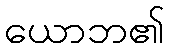
ယောဘ၏